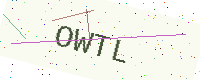
Text: OWTL